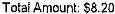
TOTAL AMOUNT: $8.20